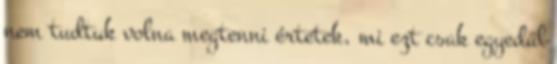
nem tudtuk volna megtenni értetek, mi ezt csak egyedül